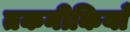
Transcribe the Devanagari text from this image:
तकनीकियाँ